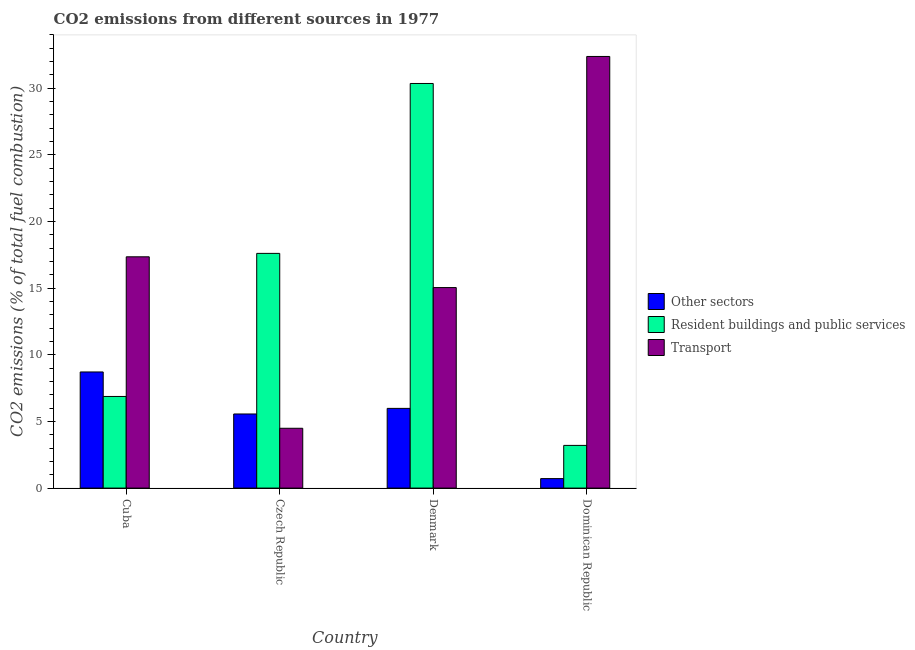
| Country | Other sectors | Resident buildings and public services | Transport |
 | --- | --- | --- | --- |
 | Cuba | 8.71 | 6.88 | 17.4 |
 | Czech Republic | 5.56 | 17.6 | 4.49 |
 | Denmark | 5.98 | 30.4 | 15 |
 | Dominican Republic | 0.712 | 3.2 | 32.4 |